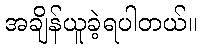
အချိန်ယူခဲ့ရပါတယ်။